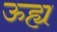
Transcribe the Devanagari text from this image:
ऊह्य